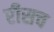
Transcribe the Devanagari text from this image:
रीसच